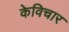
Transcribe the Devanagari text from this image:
केविचार